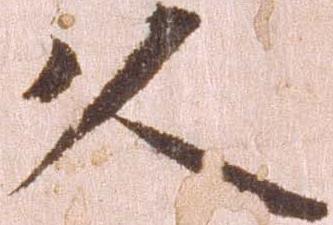
久